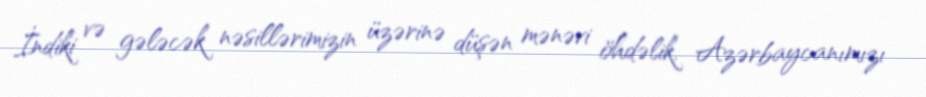
İndiki və gələcək nəsillərimizin üzərinə düşən mənəvi öhdəlik, Azərbaycanımızı